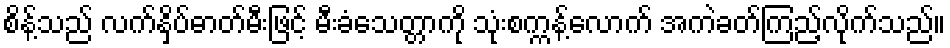
စိန့်သည် လက်နှိပ်ဓာတ်မီးဖြင့် မီးခံသေတ္တာကို သုံးစက္ကန့်လောက် အကဲခတ်ကြည့်လိုက်သည်။